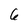
Character: 6